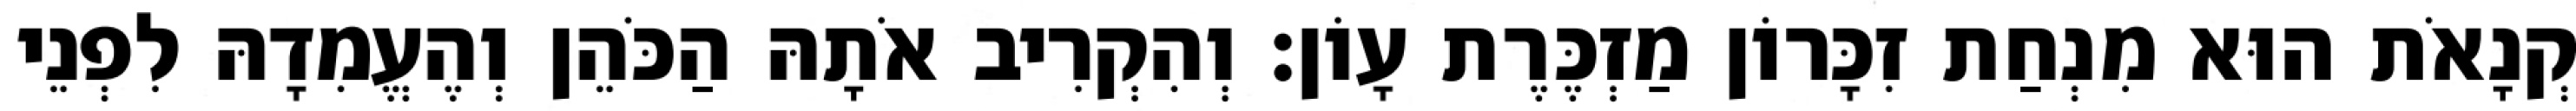
קְנָאֹת הוּא מִנְחַת זִכָּרוֹן מַזְכֶּרֶת עָוֹן׃ וְהִקְרִיב אֹתָהּ הַכֹּהֵן וְהֶעֱמִדָהּ לִפְנֵי